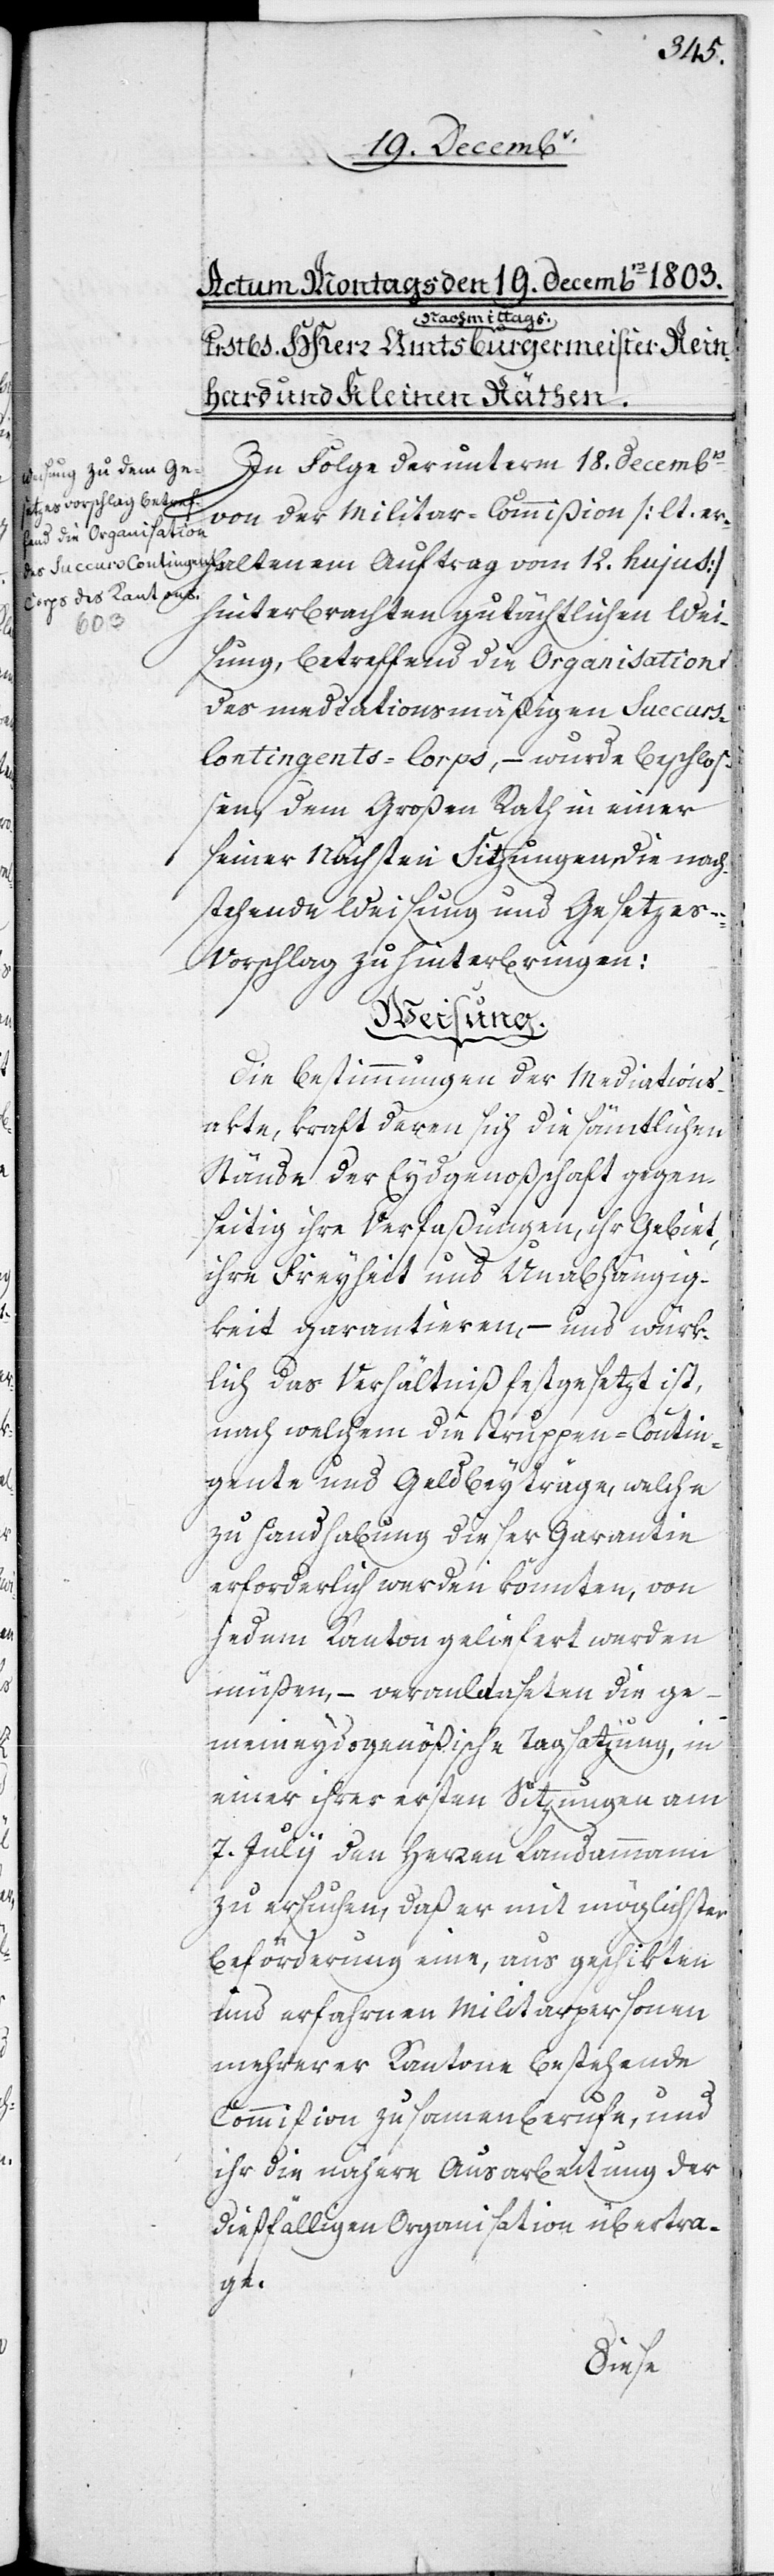
veranlaaseten
In Folge der unterm 18. Decembrs
von der Militar-Commißion [lt. er¬
hinterbrachten gutächtlichen Wei¬
sung, betreffend die Organisation
des mediationsmäßigen Succurs-C¬
ontingents-Corps, – wurde beschloß¬
en, dem Großen Rath in einer
seiner Nächsten Sitzungen, die nach¬
stehende Weisung und Gesetzes-V¬
orschlag zu hinterbringen:
Weisung.
Die Bestimmungen der Mediations¬
akte, kraft deren sich die sämtlichen
Stände der Eydgenoßschaft gegen¬
seitig ihre Verfaßungen, ihr Gebiet,
ihre Freyheit und Unabhängig¬
keit garantieren, – und würk¬
lich das Verhältniß festgesetzt ist,
nach welchem die Truppen-Contin¬
gente und Geldbeyträge, welche
zu Handhabung dieser Garantie
erforderlich werden könnten, von
jedem Kanton geliefert werden
meineydsgenößische Tagsatzung, in
einer ihrer ersten Sitzungen am
7. Julii den Herren Landammann
zu ersuchen, daß er mit möglichster
Beförderung eine, aus geschikten
und erfahrnen Militarpersonen
mehrerer Kantone bestehende
Commißion zusa[m]menberufe, und
ihr die nähere Ausarbeitung der
dießfälligen Organisation übertra¬
ge.
die